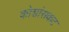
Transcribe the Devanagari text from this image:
कोशांसकट